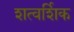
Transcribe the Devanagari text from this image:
शत्वर्शिक